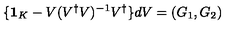
\{ { \bf 1 } _ { K } - V ( V ^ { \dagger } V ) ^ { - 1 } V ^ { \dagger } \} d V = ( G _ { 1 } , G _ { 2 } )